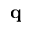
\textbf { q }